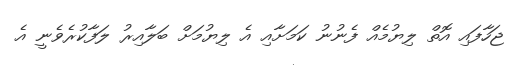
ޖަހާފައި އޮތް ލިޔުމެއް ފެނުނު ކަމަށާއި އެ ލިޔުމަށް ބަލާއިރު ލަފާކުރެވެނީ އެ